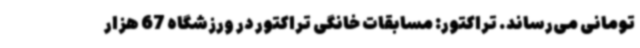
تومانی می‌رساند. تراکتور: مسابقات خانگی تراکتور در ورزشگاه 67 هزار